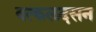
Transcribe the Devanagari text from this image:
वत्कलदसन